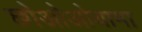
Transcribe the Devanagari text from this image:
छोओओयामा